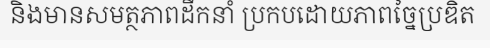
និងមានសមត្ថភាពដឹកនាំ ប្រកបដោយភាពច្នៃប្រឌិត